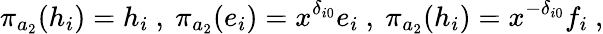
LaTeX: \pi_{a_{2}}(h_{i})=h_{i}\ ,\ \pi_{a_{2}}(e_{i})=x^{\delta_{i0}}e_{i}\ ,\ \pi_{a_{2}}(h_{i})=x^{-\delta_{i0}}f_{i}\ ,